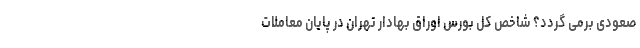
صعودی برمی گردد؟ شاخص کل بورس اوراق بهادار تهران در پایان معاملات